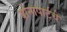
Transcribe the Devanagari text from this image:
बोनापार्टचे